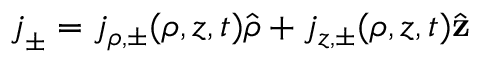
\boldsymbol { j } _ { \pm } = j _ { \rho , \pm } ( \rho , z , t ) \hat { \boldsymbol { \rho } } + j _ { z , \pm } ( \rho , z , t ) \hat { \mathbf { z } }